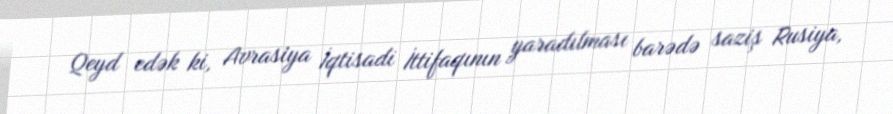
Qeyd edək ki, Avrasiya İqtisadi İttifaqının yaradılması barədə saziş Rusiya,